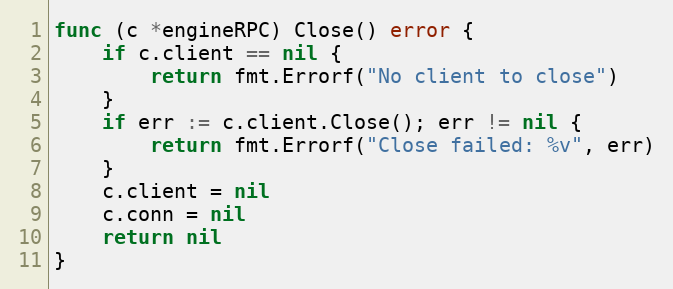
Language: Go
func (c *engineRPC) Close() error {
	if c.client == nil {
		return fmt.Errorf("No client to close")
	}
	if err := c.client.Close(); err != nil {
		return fmt.Errorf("Close failed: %v", err)
	}
	c.client = nil
	c.conn = nil
	return nil
}